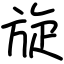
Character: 旋